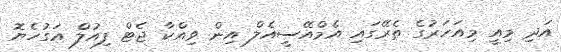
އަދި މިއީ މިއަހަރުގެ ތެރޭގައި އެމްއޭސީއެލް އިން ވިއްކާ ޖެޓް ފިއުލް އަގުހެޔޮ